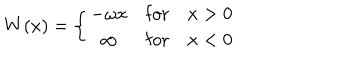
LaTeX: W ( x ) = \left\{ \begin{array} { c l l } { { - \omega x } } & { { \mathrm { f o r } } } & { { x > 0 } } \\ { { \infty } } & { { \mathrm { f o r } } } & { { x < 0 } } \\ \end{array} \right.